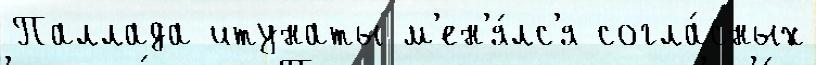
Паллада итунаты м'ен'я́лс'я согла́сных